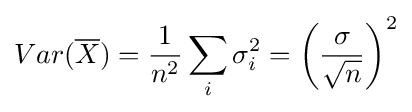
Var({\overline {X}})={\frac {1}{n^{2}}}\sum _{i}\sigma _{i}^{2}=\left({\frac {\sigma }{\sqrt {n}}}\right)^{2}